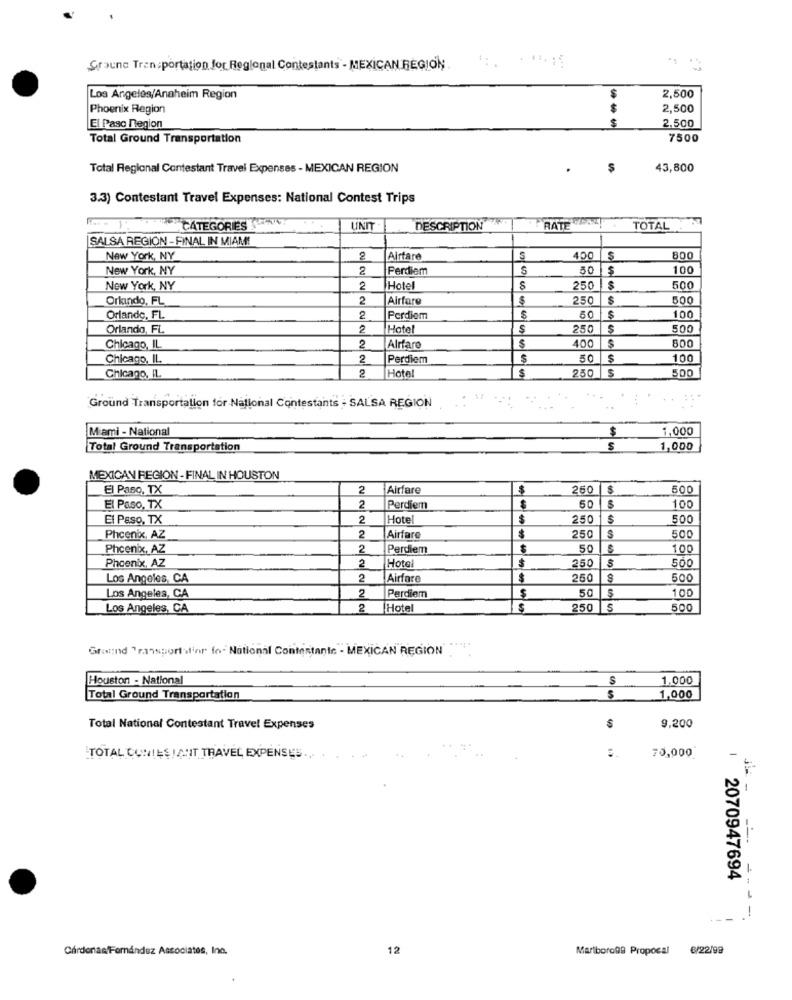
Graune Transportation for Regional Contestants - MEXICAN REGION
Los Angeles/Anaheim Region
2,500
Phoenix Region
2,500
El Paso Region
---
2,500
Total Ground Transportation
7500
Total Regional Contestant Travel Expenses - MEXICAN REGION
43,800
3.3) Contestant Travel Expenses: National Contest Trips
CATEGORIES WAT
UND
DESCRIPTION
RATE
TOTAL
SALSA REGION -FINAL IN MIAMI
New York, NY
2
Airfare
S
400
800
New York, NY
2
Perdiem
50
$
100
New York, NY
2
Hotel
S
250
500
Orlando, FL
2
Airfare
$
250
$
500
Orlando, FL
2
Perdiem
50
$
100
Orlando, FL.
2
Hotel
$
250
500
$
$
Chicago, IL
2
Alrfare
400
800
Chicago, IL.
2
Perdiem
50
100
Hotel
$
250
$
500
Chicago, IL
2
Ground Transportation for National Contestants - SALSA REGION
Miami - National
1,000
$
Total Ground Transportation
S
1,000
MEXICAN REGION - FINAL IN HOUSTON
El Paso, TX
2
Airfare
250 |8
500
El Paso, TX
2
Perdiem
50
100
El Paso, TX
2
Hotel
$
250
500
Phoenix, AZ
2
Airfare
$
250
S
500
Phoenix, AZ
2
Perdiem
50
100
$
250
500
Phoenix, AZ
2
Hotel
Los Angeles, CA
2
Airfare
$
250
500
2
50
Los Angeles, CA
Perdiem
100
Los Angeles, CA
2
Hotel
S
250
S
500
Ground Transport sinr for National Contestants - MEXICAN REGION
Houston - National
S
1,000
Total Ground Transportation
1,000
Total National Contestant Travel Expenses
9.200
TOTAL COMIESIANT TRAVEL EXPENSES ... .
70,000
2070947694
-
-- --
Cardonae/Fernandez Associates, Inc.
12
Marlborone Proposal 6/22/98